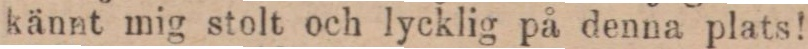
kännt mig stolt och lycklig på denna plats!